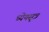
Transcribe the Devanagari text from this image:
ध्येयसूत्र